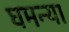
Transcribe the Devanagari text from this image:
घमन्या